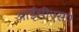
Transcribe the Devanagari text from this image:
आईसीएसए